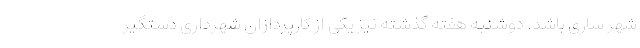
شهر ساری باشد. دوشنبه هفته گذشته نیز یکی از کارپردازان شهرداری دستگیر